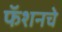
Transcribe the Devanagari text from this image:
फॅशनचे